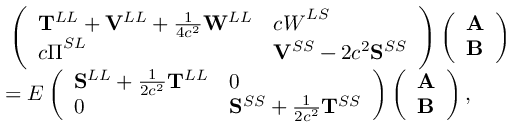
\begin{array} { r l } & { \, \left( \begin{array} { l l } { \mathbf { T } ^ { L L } + \mathbf { V } ^ { L L } + \frac { 1 } { 4 c ^ { 2 } } \mathbf { W } ^ { L L } } & { c \boldsymbol { W } ^ { L S } } \\ { c \boldsymbol { \Pi } ^ { S L } } & { \mathbf { V } ^ { S S } - 2 c ^ { 2 } \mathbf { S } ^ { S S } } \end{array} \right) \left( \begin{array} { l } { \mathbf { A } } \\ { \mathbf { B } } \end{array} \right) } \\ & { = E \left( \begin{array} { l l } { \mathbf { S } ^ { L L } + \frac { 1 } { 2 c ^ { 2 } } \mathbf { T } ^ { L L } } & { 0 } \\ { 0 } & { \mathbf { S } ^ { S S } + \frac { 1 } { 2 c ^ { 2 } } \mathbf { T } ^ { S S } } \end{array} \right) \left( \begin{array} { l } { \mathbf { A } } \\ { \mathbf { B } } \end{array} \right) , } \end{array}